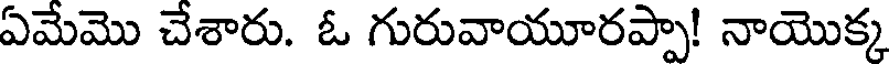
ఏమేమొ చేశారు. ఓ గురువాయూరప్పా! నాయొక్క